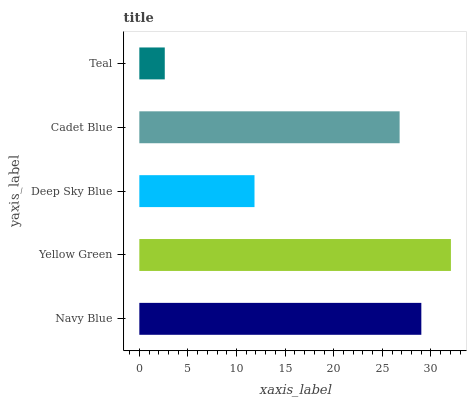
| yaxis_label | bars |
 | --- | --- |
 | Navy Blue | 29 |
 | Yellow Green | 32.1 |
 | Deep Sky Blue | 11.8 |
 | Cadet Blue | 26.8 |
 | Teal | 2.62 |